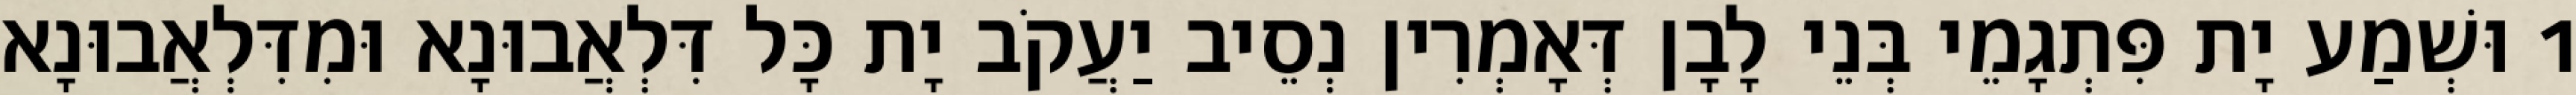
1 וּשְׁמַע יָת פִּתְגָמֵי בְּנֵי לָבָן דְּאָמְרִין נְסֵיב יַעֲקֹב יָת כָּל דִּלְאֲבוּנָא וּמִדִּלְאֲבוּנָא